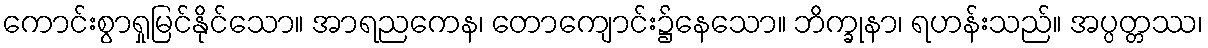
ကောင်းစွာရှုမြင်နိုင်သော။ အာရညကေန၊ တောကျောင်း၌နေသော။ ဘိက္ခုနာ၊ ရဟန်းသည်။ အပ္ပတ္တဿ၊